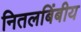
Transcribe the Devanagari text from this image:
नितलबिंबीय